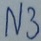
Text: N3